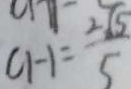
C H = \frac { 2 \sqrt { 5 } } { 5 }